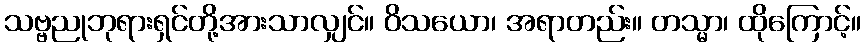
သဗ္ဗညုဘုရားရှင်တို့အားသာလျှင်။ ဝိသယော၊ အရာတည်း။ တသ္မာ၊ ထိုကြောင့်။